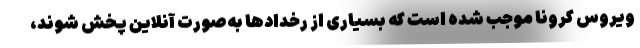
ویروس کرونا موجب شده است که بسیاری از رخدادها به‌صورت آنلاین پخش شوند،